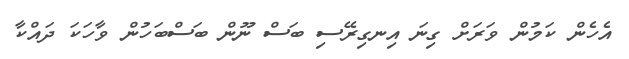
އެހެން ކަމުން ވަރަށް ގިނަ އިނގިރޭސި ބަސް ނޫން ބަސްބަހުން ވާހަކަ ދައްކާ